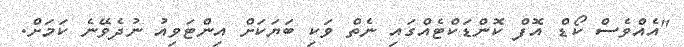
"އެއްވެސް ކޯޑް އޮފް ކޮންޑަކްޓެއްގައި ނެތް ވަކި ބަޔަކަށް އިންޓަވިއު ނުދެވޭނެ ކަމަށް.